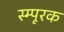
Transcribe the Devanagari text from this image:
स्म्पूरक